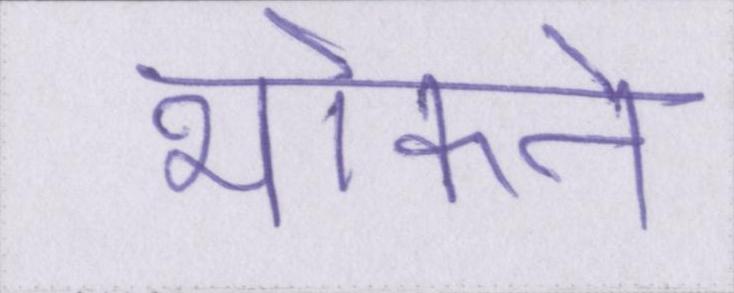
भोकने